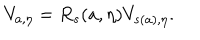
V _ { a , \eta } = R _ { s } ( a , \eta ) V _ { s ( a ) , \eta } .